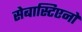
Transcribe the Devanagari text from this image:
सेबास्टिएनो